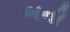
ભની